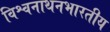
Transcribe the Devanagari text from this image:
विश्वनाथनभारतीय